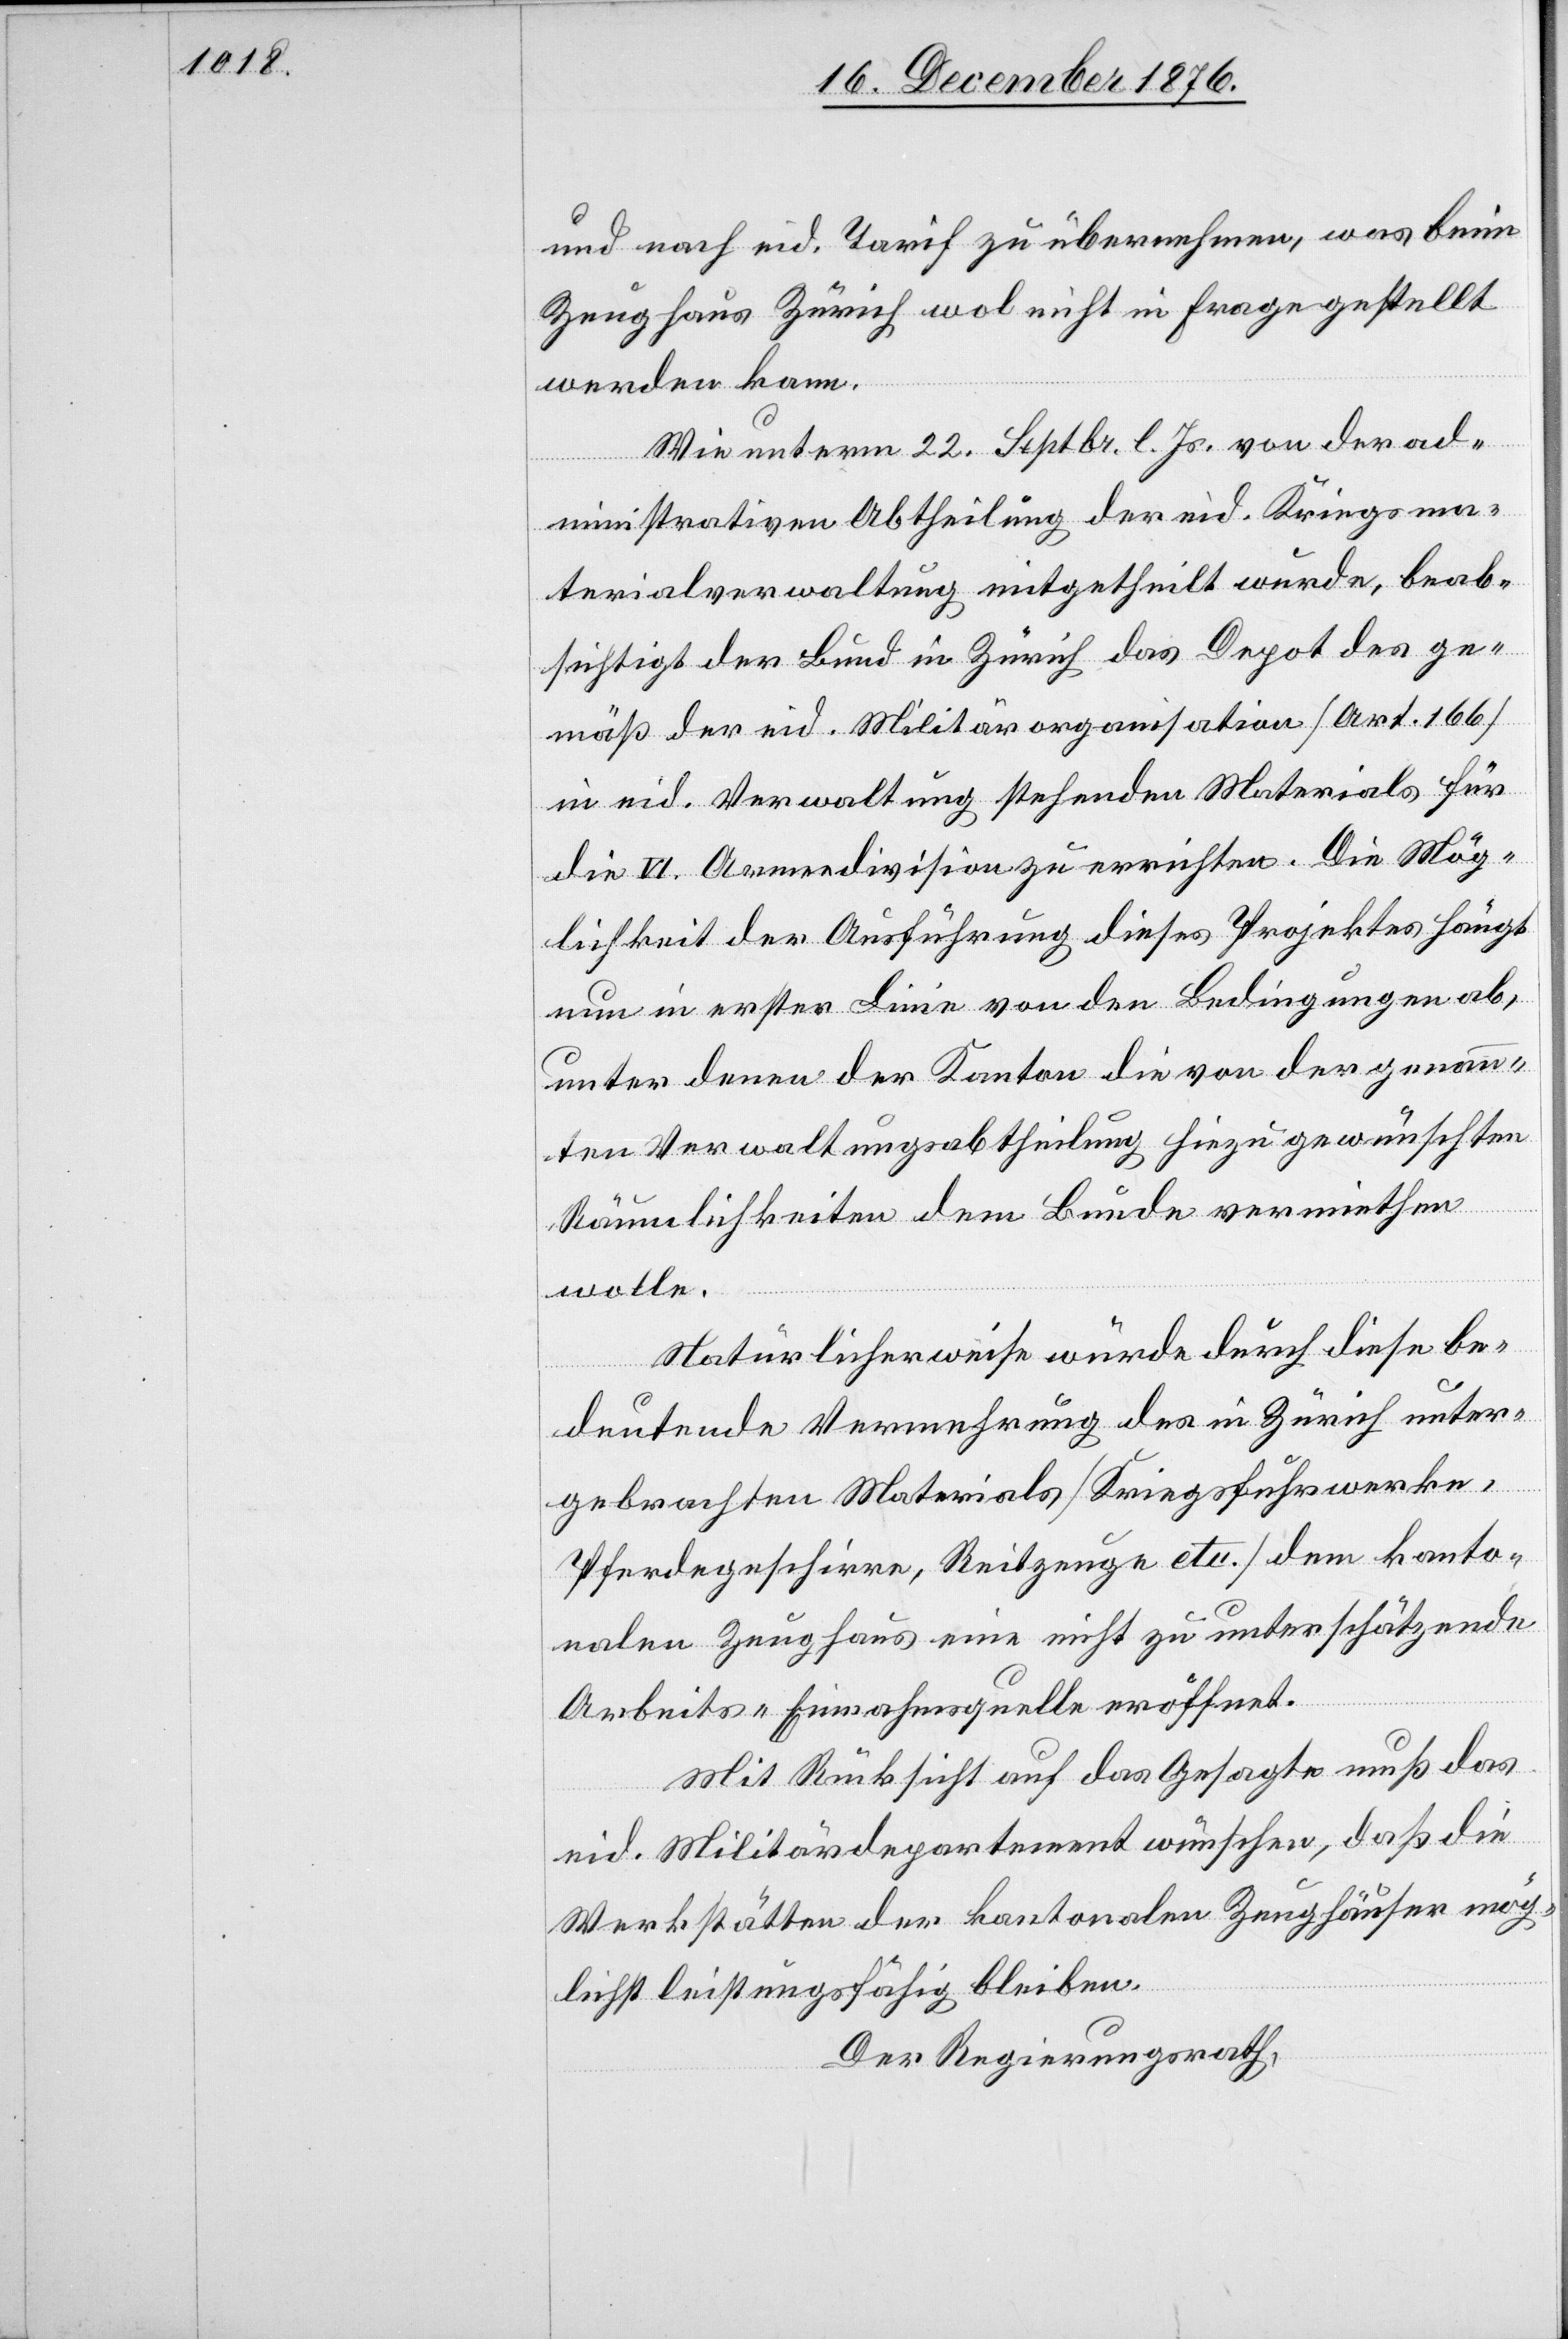
und nach eid. Tarif zu übernehmen, was beim
Zeughaus Zürich wol nicht in Frage gestellt
werden kann.
Wie unterm 22. Septbr. l. Js. von der ad¬
ministrativen Abtheilung der eid. Kriegsma¬
terialverwaltung mitgetheilt wurde, beab¬
sichtigt der Bund in Zürich das Depot des ge¬
mäß der eid. Militärorganisation [Art. 166]
in eid. Verwaltung stehenden Materials für
die VI. Armeedivision zu errichten. Die Mög¬
lichkeit der Ausführung dieses Projektes hängt
nun in erster Linie von den Bedingungen ab,
unter denen der Kanton die von der genann¬
ten Verwaltungsabtheilung hiezu gewünschten
Räumlichkeiten dem Bunde vermiethen
wolle.
Natürlicherweise würde durch diese be¬
deutende Vermehrung des in Zürich unter¬
gebrachten Materials [Kriegsfuhrwerke,
Pferdegeschirre, Reitzeuge etc.] dem kanto¬
nalen Zeughaus eine nicht zu unterschätzende
Arbeits-Einnahmsquelle eröffnet.
Mit Rücksicht auf das Gesagte muß das
eid. Militärdepartement wünschen, daß die
Werkstätten der kantonalen Zeughäuser mög¬
lichst leistungsfähig bleiben.
Der Regierungsrath,